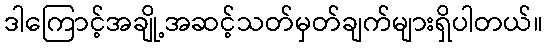
ဒါကြောင့်အချို့အဆင့်သတ်မှတ်ချက်များရှိပါတယ်။